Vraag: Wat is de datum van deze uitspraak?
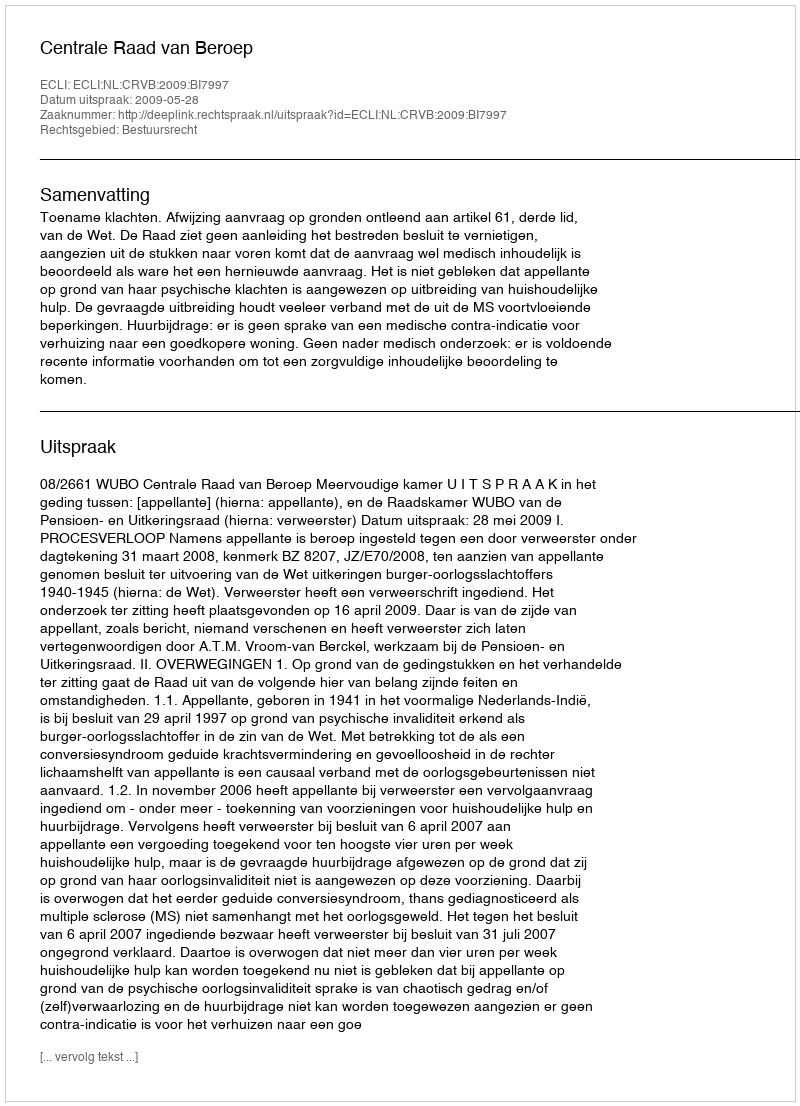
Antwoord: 2009-05-28